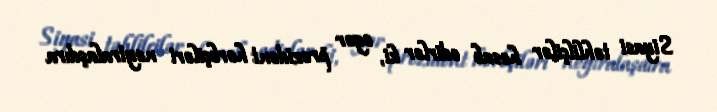
Siyasi təhlilçilər hesab edirlər ki, əgər prezident hərbçiləri neytralaşdıra